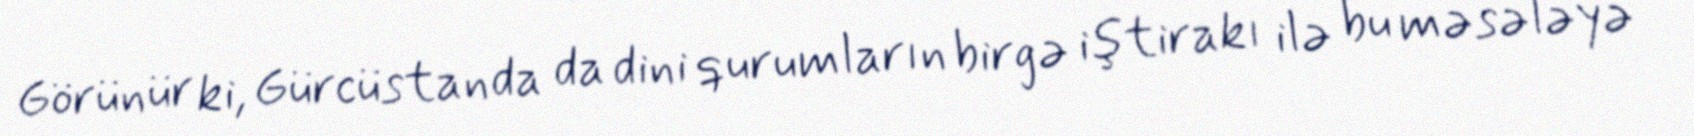
Görünür ki, Gürcüstanda da dini qurumların birgə iştirakı ilə bu məsələyə